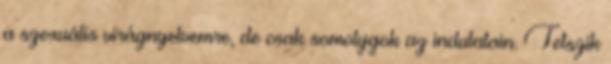
a szexuális virágnyelvemre, de csak somolygok az indulatain. Tetszik